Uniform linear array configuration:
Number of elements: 24
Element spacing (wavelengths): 1
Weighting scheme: binomial
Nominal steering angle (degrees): -15
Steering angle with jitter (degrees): -14.944
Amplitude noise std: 0.05
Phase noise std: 0.05

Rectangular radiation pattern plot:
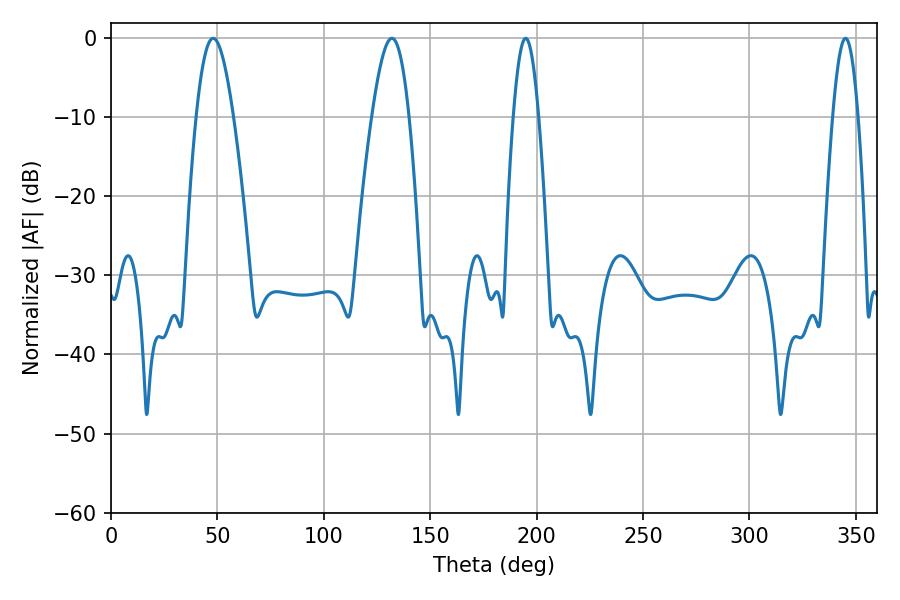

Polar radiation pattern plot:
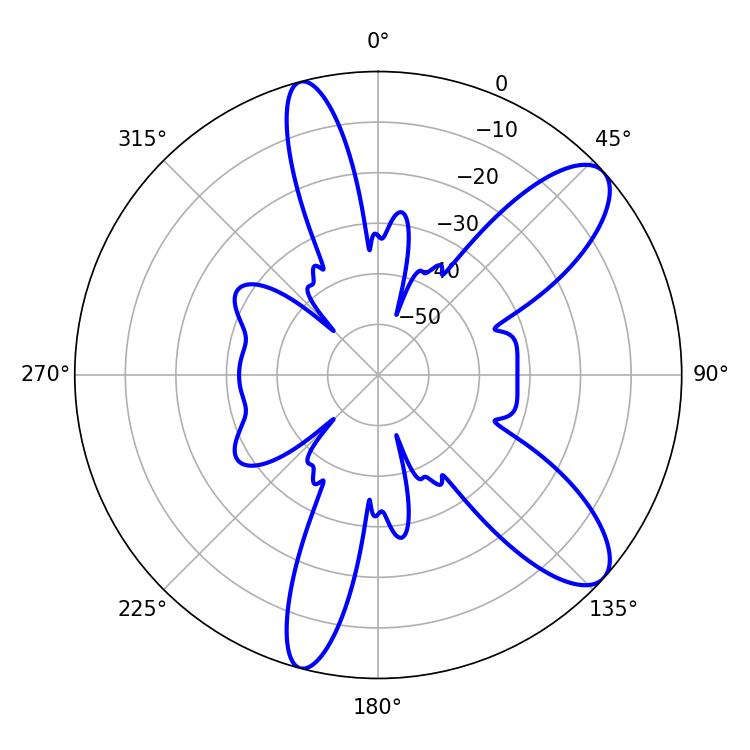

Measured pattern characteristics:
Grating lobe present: TRUE
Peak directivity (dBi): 9.919
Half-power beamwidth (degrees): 9.36
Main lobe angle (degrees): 48.06